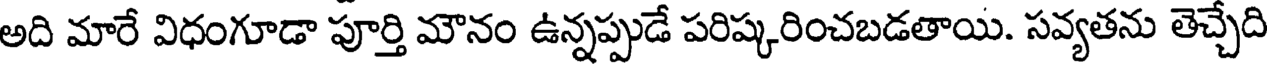
అది మారే విధంగూడా పూర్తి మౌనం ఉన్నప్పుడే పరిష్కరించబడతాయి. సవ్యతను తెచ్చేది